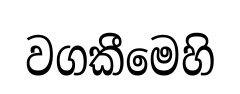
වගකීමෙහි